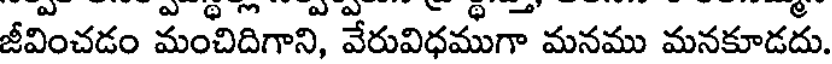
జీవించడం మంచిదిగాని, వేరువిధముగా మనము మనకూడదు.